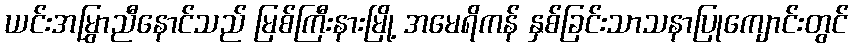
ယင်းအမြွှာညီနောင်သည် မြစ်ကြီးနားမြို့ အမေရိကန် နှစ်ခြင်းသာသနာပြုကျောင်းတွင်